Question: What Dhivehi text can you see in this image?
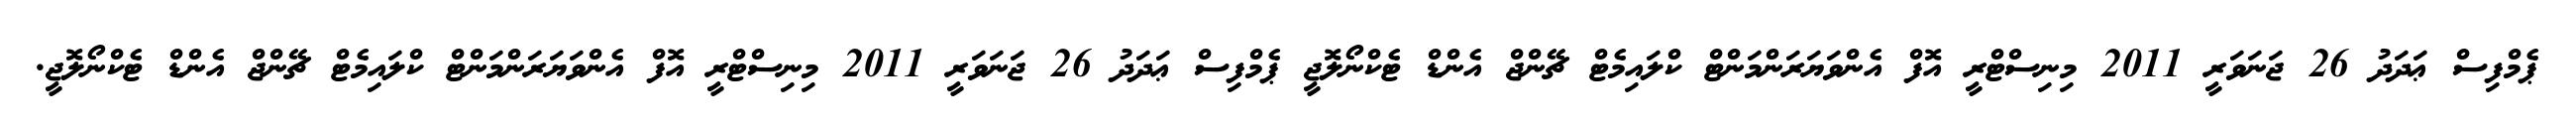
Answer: ޕެމްފިސް ޢަދަދު 26 ޖަނަވަރީ 2011 މިނިސްޓްރީ އޮފް އެންވަޔަރަންމަންޓް ކްލައިމެޓް ޗޭންޖް އެންޑް ޓެކްނޯލޮޖީ ޕެމްފިސް ޢަދަދު 26 ޖަނަވަރީ 2011 މިނިސްޓްރީ އޮފް އެންވަޔަރަންމަންޓް ކްލައިމެޓް ޗޭންޖް އެންޑް ޓެކްނޯލޮޖީ.